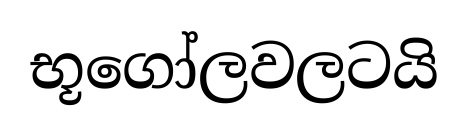
භූගෝලවලටයි